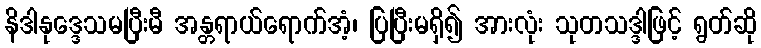
နိဒါနုဒ္ဒေသမပြီးမီ အန္တရာယ်ရောက်အံ့၊ ပြပြီးမရှိ၍ အားလုံး သုတသဒ္ဒါဖြင့် ရွတ်ဆို